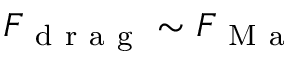
F _ { \mathrm { ~ d ~ r ~ a ~ g ~ } } \sim F _ { \mathrm { ~ M ~ a ~ } }